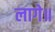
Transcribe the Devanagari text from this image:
लागे॥